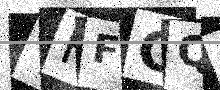
Text: YFFGQU